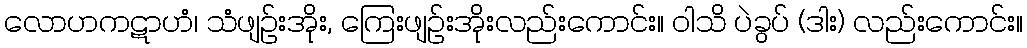
လောဟကဋာဟံ၊ သံဖျဉ်းအိုး, ကြေးဖျဉ်းအိုးလည်းကောင်း။ ဝါသိ ပဲခွပ် (ဒါး) လည်းကောင်း။